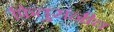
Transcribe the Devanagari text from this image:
फितुरांनीच